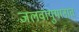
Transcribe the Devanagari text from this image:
जलवायुमानात